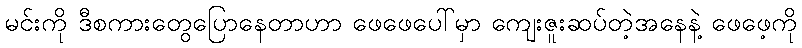
မင်းကို ဒီစကားတွေပြောနေတာဟာ ဖေဖေပေါ်မှာ ကျေးဇူးဆပ်တဲ့အနေနဲ့ ဖေဖေ့ကို